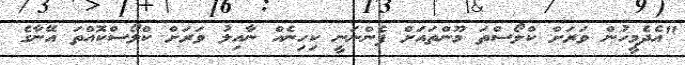
"އެދެމީހުން ވަރަށް ކްލޯސްތަ މޫންތައަށް ފެންނަނީ ކިހިނެއް ނާއިލު ވަރަށް ކްލޯސްކޮއްތަ އޭނާގެ